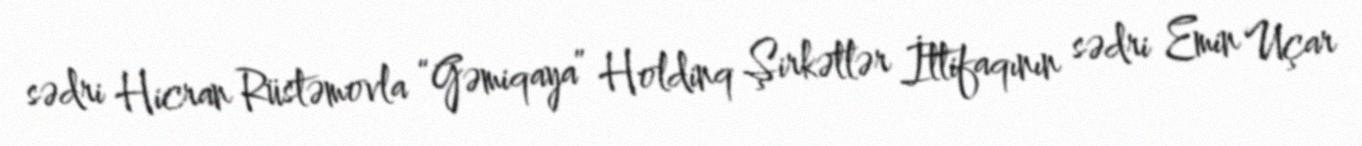
sədri Hicran Rüstəmovla “Gəmiqaya” Holdinq Şirkətlər İttifaqının sədri Emin Uçar